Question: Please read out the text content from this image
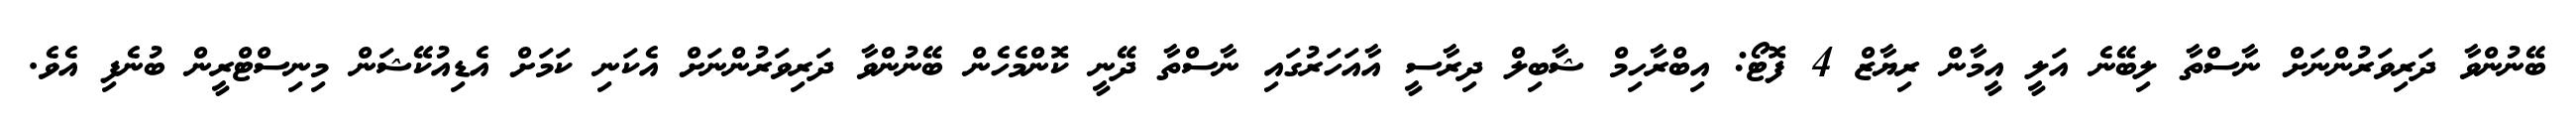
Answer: ބޭނުންވާ ދަރިވަރުންނަށް ނާސްތާ ލިބޭނެ އަލީ އީމާން ރިޔާޒް 4 ފޮޓޯ: އިބްރާހިމް ޝާބިލް ދިރާސީ އާއަހަރުގައި ނާސްތާ ދޭނީ ކޮންމެހެން ބޭނުންވާ ދަރިވަރުންނަށް އެކަނި ކަމަށް އެޑިއުކޭޝަން މިނިސްޓްރީން ބުނެފި އެވެ.